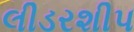
લીડરશીપ